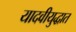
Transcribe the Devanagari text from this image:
यादवीयुद्धात